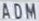
ADM